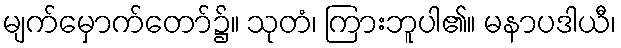
မျက်မှောက်တော်၌။ သုတံ၊ ကြားဘူပါ၏။ မနာပဒါယီ၊